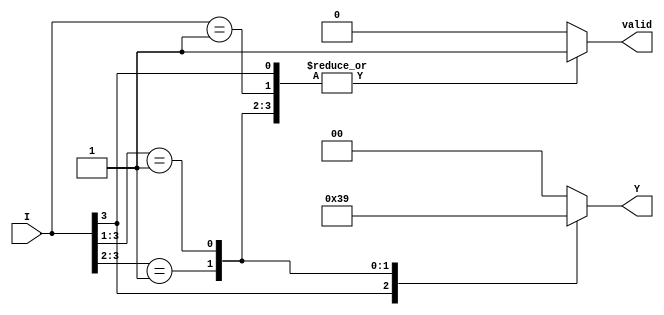
module DualPriorityEncoder (
    input wire [3:0] I,    // 4 input signals
    output reg [1:0] Y,    // 2-bit encoded output
    output reg valid        // Valid signal
);

// Always block to perform encoding logic
always @(*) begin
    casez (I)           // Use casez to handle don't care scenarios
        4'b1???: begin  // I3 is active
            Y = 2'b11;  // Output for I3
            valid = 1;  // Valid signal is high
        end
        4'b01??: begin  // I2 is active
            Y = 2'b10;  // Output for I2
            valid = 1;  // Valid signal is high
        end
        4'b001?: begin   // I1 is active
            Y = 2'b01;  // Output for I1
            valid = 1;  // Valid signal is high
        end
        4'b0001: begin   // I0 is active
            Y = 2'b00;  // Output for I0
            valid = 1;  // Valid signal is high
        end
        default: begin
            Y = 2'b00;  // No inputs active output zero
            valid = 0;  // Valid signal is low
        end
    endcase
end

endmodule